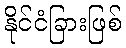
နိုင်ငံခြားဖြစ်